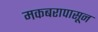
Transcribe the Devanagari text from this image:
मकबरापासून